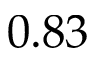
0 . 8 3